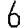
Digit: 6